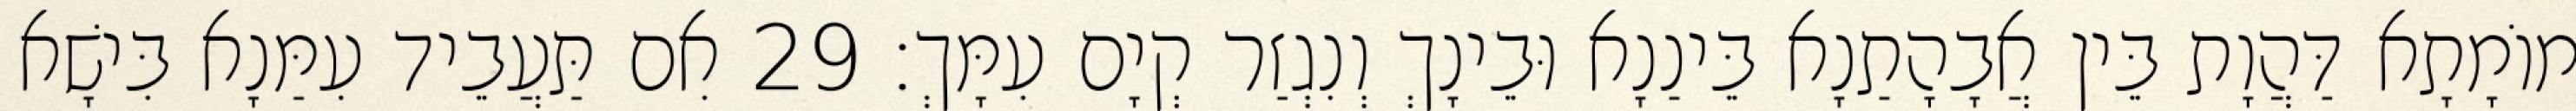
מוֹמָתָא דַּהֲוָת בֵּין אֲבָהָתַנָא בֵּינַנָא וּבֵינָךְ וְנִגְזַר קְיָם עִמָּךְ׃ 29 אִם תַּעֲבֵיד עִמַּנָא בִּישָׁא